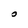
Character: 0